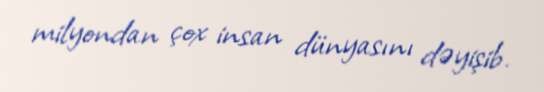
milyondan çox insan dünyasını dəyişib.